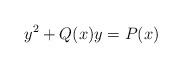
LaTeX: \begin{align*} y^2+Q(x)y=P(x)\end{align*}